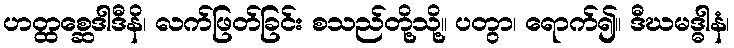
ဟတ္ထစ္ဆေဒါဒီနိ၊ လက်ဖြတ်ခြင်း စသည်တို့သို့။ ပတွာ၊ ရောက်၍။ ဒီဃမဒ္ဓါနံ၊